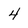
Character: 4